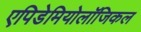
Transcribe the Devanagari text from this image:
एपिडेमियोलॉजिकल